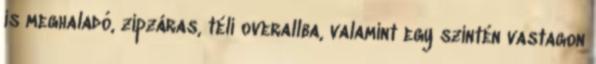
is meghaladó, zipzáras, téli overallba, valamint egy szintén vastagon